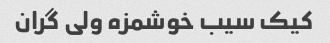
کیک سیب خوشمزه ولی گران